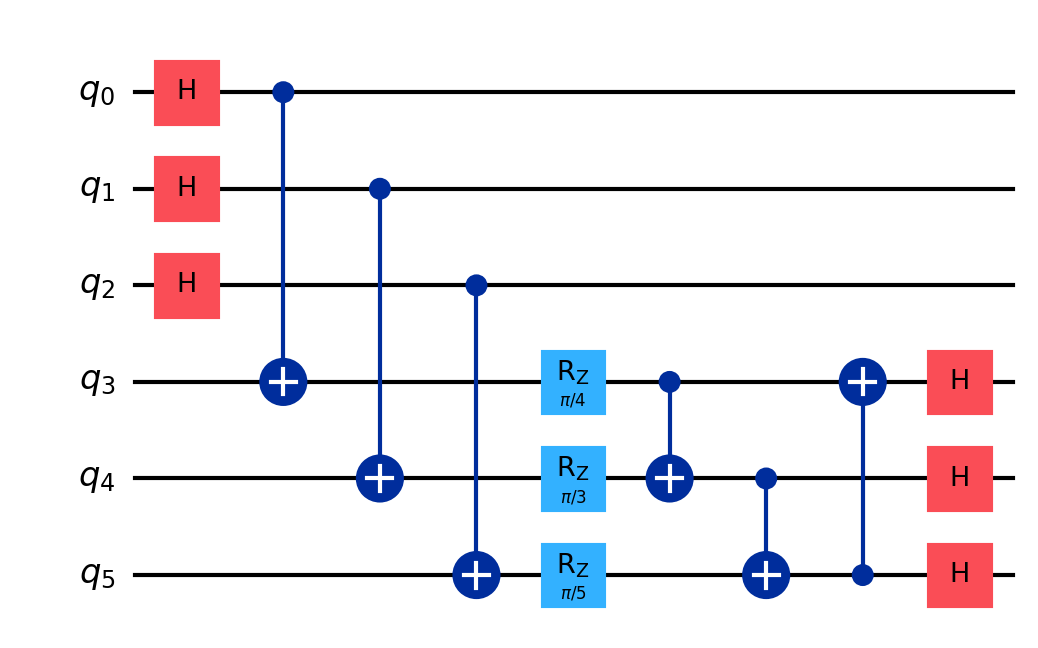
Description: Kyber/CRYSTALS lattice-based key encapsulation
描述: Kyber/CRYSTALS格基密钥封装
Category: btc_quantum_security (difficulty: advanced)
Qubits: 6, circuit depth: 7
Blockchain relevance: btc_security

Braket implementation:
import math
from braket.circuits import Circuit
circuit = Circuit()
for i in range(3):
    circuit.h(i)
circuit.cnot(0, 3).rz(3, math.pi/4)
circuit.cnot(1, 4).rz(4, math.pi/3)
circuit.cnot(2, 5).rz(5, math.pi/5)
circuit.cnot(3, 4).cnot(4, 5).cnot(5, 3)
circuit.h(3).h(4).h(5)

Qiskit implementation:
import math
from qiskit import QuantumCircuit
circuit = QuantumCircuit(6)
for i in range(3):
    circuit.h(i)
circuit.cx(0, 3).rz(math.pi/4, 3)
circuit.cx(1, 4).rz(math.pi/3, 4)
circuit.cx(2, 5).rz(math.pi/5, 5)
circuit.cx(3, 4).cx(4, 5).cx(5, 3)
circuit.h(3).h(4).h(5)